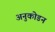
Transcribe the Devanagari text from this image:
अनुकोडन